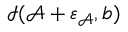
\mathcal { I } ( \mathcal { A } + \varepsilon _ { \mathcal { A } } , b )